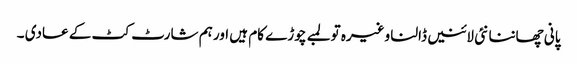
پانی چھاننا نئی لائنیں ڈالنا وغیرہ تو لمبے چوڑے کام ہیں اور ہم شارٹ کٹ کے عادی ۔